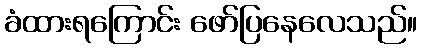
ခံထားရကြောင်း ဖော်ပြနေလေသည်။